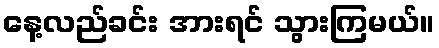
နေ့လည်ခင်း အားရင် သွားကြမယ်။